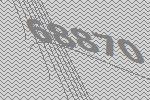
68870